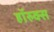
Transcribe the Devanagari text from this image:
हॉरुक्स